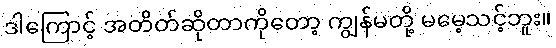
ဒါကြောင့် အတိတ်ဆိုတာကိုတော့ ကျွန်မတို့ မမေ့သင့်ဘူး။